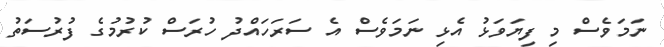
ނަމަވެސް މި ފިޔަވަޅު އެޅި ނަމަވެސް އެ ސަރަހައްދު ހުރަސް ކުރުމުގެ ފުރުސަތު